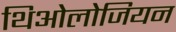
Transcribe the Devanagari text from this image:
थिओलोजियन